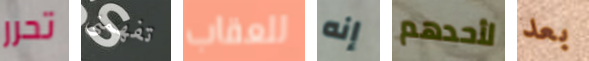
تحرر تفهمنى للعقاب إنه لأحدهم بعد